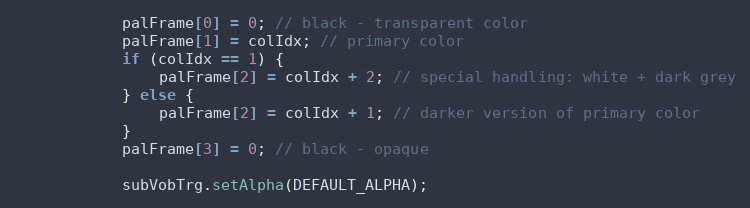
Language: Java
			palFrame[0] = 0; // black - transparent color
			palFrame[1] = colIdx; // primary color
			if (colIdx == 1) {
				palFrame[2] = colIdx + 2; // special handling: white + dark grey
			} else {
				palFrame[2] = colIdx + 1; // darker version of primary color
			}
			palFrame[3] = 0; // black - opaque

			subVobTrg.setAlpha(DEFAULT_ALPHA);